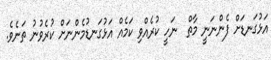
އަޅުގަނޑަށް ފެންނަނީ މާތް  ނަހީ ކުރެއްވި ކަމެއް އަޅުގަނޑުމެންނަށް ކުރެވުނު ތަނެވެ.